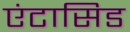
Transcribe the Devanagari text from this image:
एंटासिड